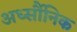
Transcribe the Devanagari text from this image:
अर्ध्सौनिक